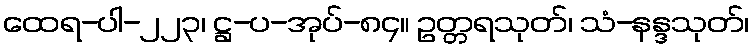
ထေရ-ပါ-၂၂၃၊ ဋ္ဌ-ပ-အုပ်-၈၄။ ဥတ္တရသုတ်၊ သံ-နန္ဒသုတ်၊